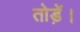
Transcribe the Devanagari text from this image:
तोड़ें।